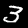
Label: 3